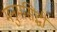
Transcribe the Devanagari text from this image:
मनुमसिद्धी